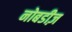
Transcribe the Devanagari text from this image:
नोबडीज़